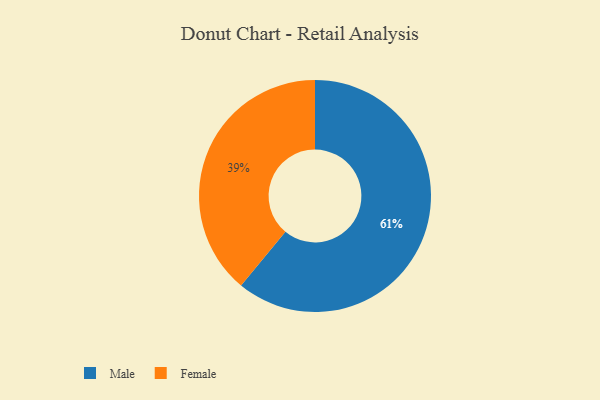
{"axis": {"x": "Category", "y": "Percentage"}, "legend": ["Female", "Male"], "data": [{"x": "Male", "y": 61, "type": "Male"}, {"x": "Female", "y": 39, "type": "Female"}]}